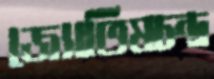
জ্যোতিষচন্দ্র